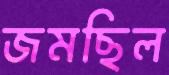
জমছিল